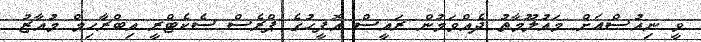
ވީ ނިއުސްއަށް މައުލޫމާތު ދެއްވަމުން ރައީސް އޮފީހުގެ ޕްރެސް ސެކެޓްރީ އިބްރާހިމް މުއާޒު